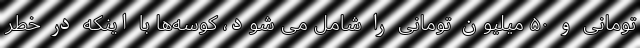
تومانی و ۵۰ میلیون تومانی را شامل می شود، کوسه‌ها با اینکه در خطر